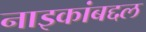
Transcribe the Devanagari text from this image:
नाइकांबद्दल